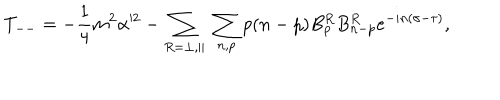
T _ { -- } = - \frac { 1 } { 4 } m ^ { 2 } \alpha ^ { 2 } - \sum _ { R = \perp , \parallel } \; \sum _ { n , p } p ( n - p ) B _ { p } ^ { R } B _ { n - p } ^ { R } e ^ { - i n ( \sigma - \tau ) } ,